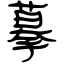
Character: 摹